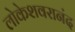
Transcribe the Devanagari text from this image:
लोकेशवरानंद